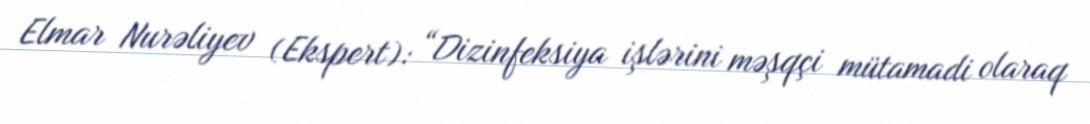
Elmar Nurəliyev (Ekspert): “Dizinfeksiya işlərini məşqçi mütamadi olaraq